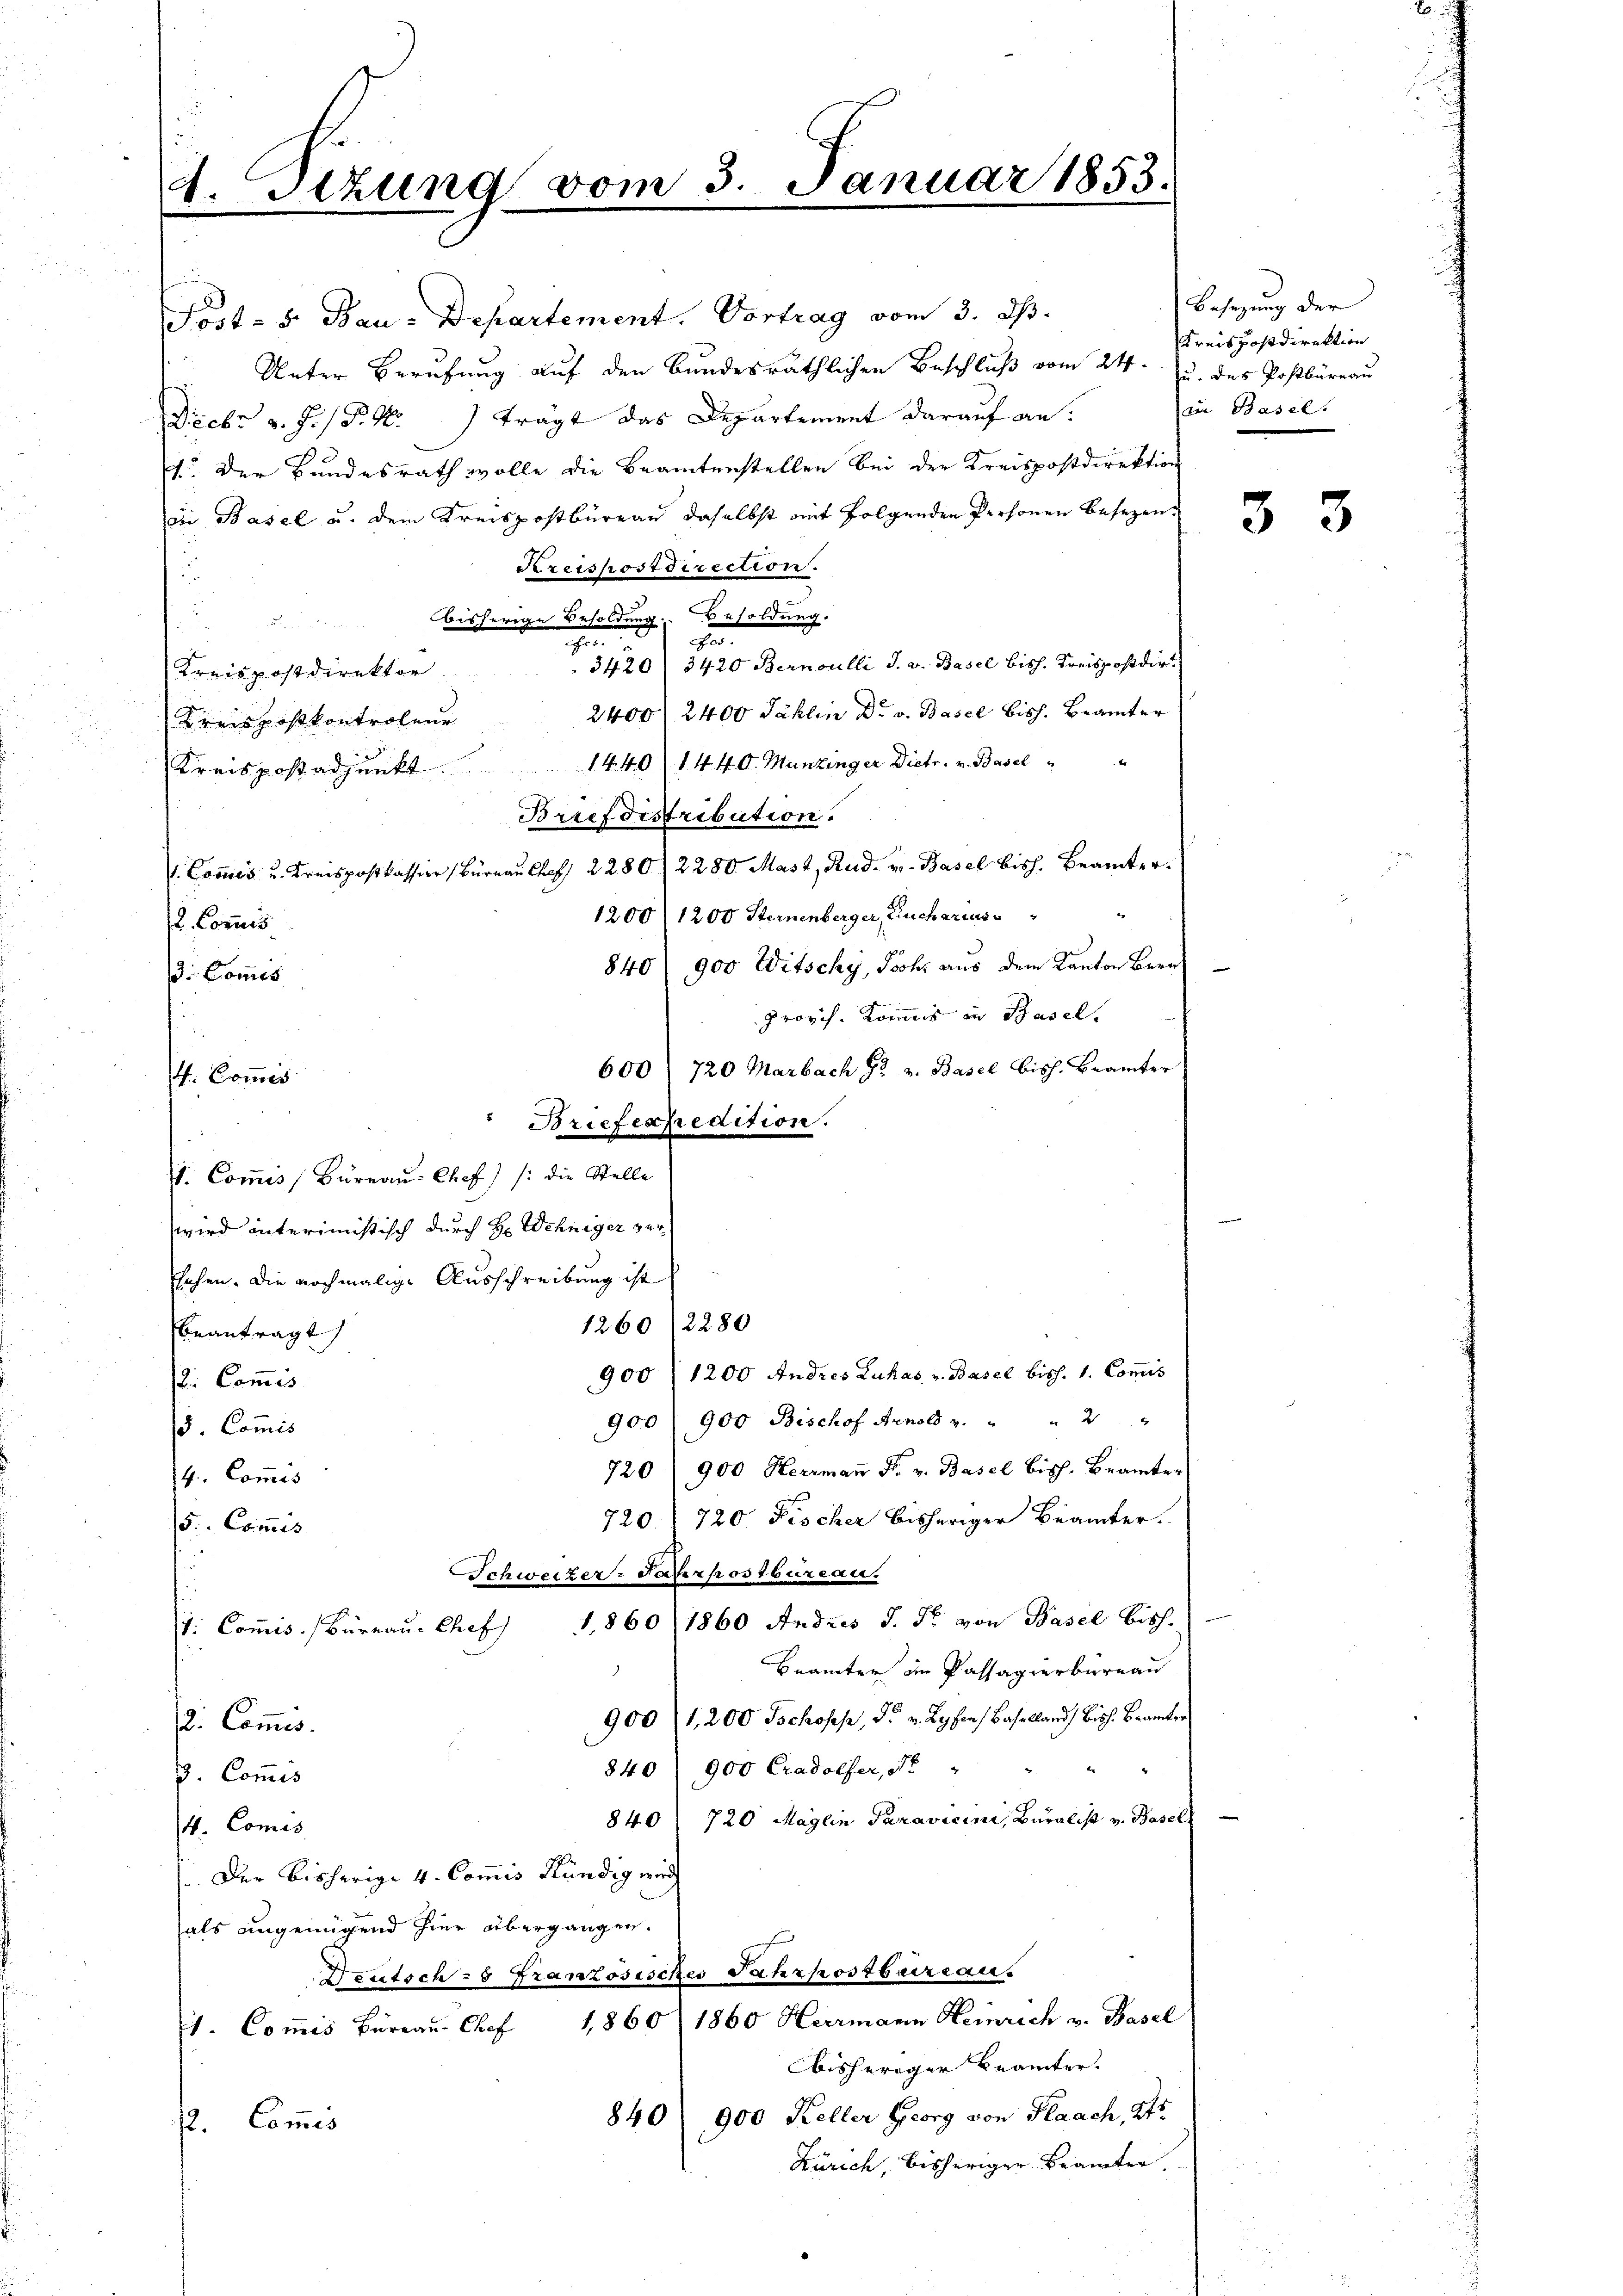
4. Sitzung vom 3. Januar 1853.

e

h. Commis

Post- 5. Bau-Departement. Vortrag vom 3. ds.
Unter Berufung auf den Bundesräthlichen Beschluß vom 24. u. des Postbüreau
Decbr v. J. P. M.) trägt das Departement darauf an:
t. Der Bundesrath wolle die Beamtenstellen bei der Kreispostdirektion
die Basel u. dem Kreispostbüreau daselbst mit folgenden Personen besezen
Kreispostdirection.
u
bisherige Besoldung. Besoldung.

.
g
3420 / 3420 Bernoulli J. v. Basel bisch. Kreispostdir
Kreispostdirektor
2400/2400 Sahlin Dr. v. Basel bisch. Brämter
Kreispostkontroleur
1440 (1440. Munzinger Dietr. v. Basel
Kreispost adjunkt
Briefdistribution.
1. Commis u. Kreispostkassion, Büreau Chef 2280/2280 Mast, Rud. v. Basel bish. Beamter.
1200/1200 Sternenberger, Kucharius
L. Concuis
840/ 900 Witschy, Joch aus dem Kanton Bernh
. Commis
provich. Kommis in Basel,
600 / 720 Marbach J. v. Basel bisch. Brämter
" Briefenpredition.
1. Commis Büreaŭ: Chef /: die Stelle
wird interimistisch durch H. Wehniger versehen. Die nochmalige Ausschreibung ist
1260/2280
beantragt
900 (1200 Andres Zuhas, v. Basel biss. 1. Commis
. Commis
900 900 Bischof Arnold u. " " 2 "
/d. Commis
720 900 Herrmann F. v. Basel Bisch. Beamter
14. Commis
720. 720 Fischer bisheriger Beamter.
5. Commis
.
Schweizer-Paterpostbureau.
1: Commis. Büreau-Chef 1860 (1860 Andres J. Fr. von Basel bish
Brämter im Passagierbureau
900/1,200 Jschoses, Dr. v. Ryfen, Baselland) Biss. Beamter
2. Commis.
840 900 Cradolfer, Nr.
V. Commis
720 Maglin Paravicini, Buralist v. Basell
840
4. Comis
Der bisherige 4. Commis Kündig wird
als ungenügend hier übergangen.
Deutsch - 8 Französisches Jahrpostbureaus
1. Commis Büreau. Chef 1860/ 1860 Heermann Heinrich v. Basel
bisheriger Beamter.
840 900 Keller Georg von Flaach, 245
s. Commis
Zürich, bisheriger Beamter,

Besetzung der
Kreispostdirektion
ain Basel.

33

2.